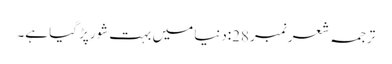
ترجمہ شعر نمبر28:دنیا میں بہت شورپڑ گیا ہے۔